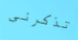
تذكرنى